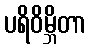
ပရိဝိမ္ဘိတာ